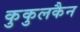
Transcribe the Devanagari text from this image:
कुकुलकैन